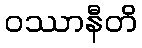
ဝဿာနီတိ